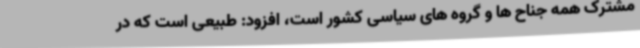
مشترک همه جناح ها و گروه های سیاسی کشور است، افزود: طبیعی است که در